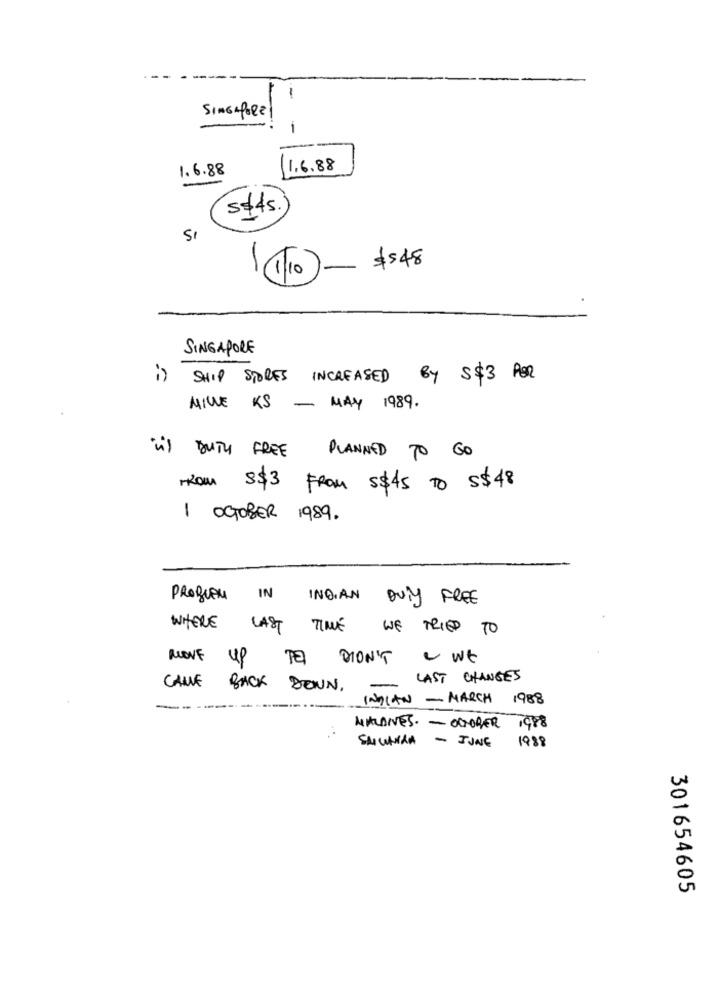
-
SINGAPORE
1
1.6.88
1.6.88
5#45
SI
10- $$48
.
SINGAPORE
SHIP STORES INCREASED
By S $3 POR
MILLE KS - MAY 1989.
) DUTY FREE PLANNED TO GO
FROM S$3 FROM 5$45 TO S$48
1 OCTOBER 1989.
PROBLEM
IN INDIAN DUTY FREE
WHERE
TIME WE TRIED TO
MOVE UP TO DIDN'T " WE
- LAST CHANGES
CALLE BACK DENN.
INDIAN - MARCH 1988
-----
MALDIVES. - OCTOBER 1988
SAIUANNA - JUNE
1988
301654605